Lunatic asylums in Bengal annual reports 1888-1898 - 1888-1898
Year: 1888
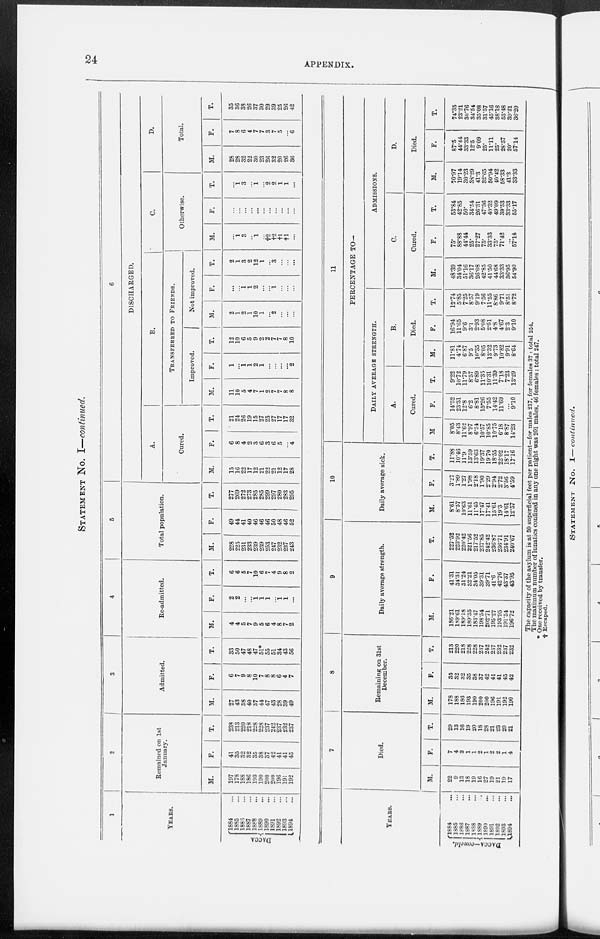
24
APPENDIX.
STATEMENT NO. I—continued.
1
YEARS.
DACCA.
1884 ...
1885 ...
1886 ...
1887 ...
1888 ...
1889 ...
1890 ...
1891 ...
1892 ...
1893...
1894 ...
2
Remained on 1st
January.
M.
197
178
188
186
193
190
200
200
196
191
192
F.
41
35
32
32
35
38
37
42
41
41
45
T.
238
213
220
218
228
228
237
242
237
232
237
3
Admitted.
M.
27
43
38
40
37
44
47
43
28
89
49
F.
6
7
9
8
10
7
8
8
6
4
7
T.
33
50
47
48
47
51*
55
51
34
43
56
4
Re-admitted.
M.
4
4
5
7
9
5
6
4
8
7
2
F.
2
2
...
...
1
1
1
...
1 1
...
T.
6
6
5
7
10
6
7
4
9
8
2
5
Total population.
M.
228
225
231
233
239
239
253
247
232
237
243
F.
49
44
41
40
46
46
46
50
48
46
52
T.
277
269
272
273
285
285
299
297
280
283
295
6
DISCHARGED.
A.
Cured.
M.
15
16
22
17
12
21
22
21
12
17
28
F.
6
8
4
2
3
6
3
6
5
...
4
T.
21
24
26
19
15
27
25
27
17
17
32
B.
TRANSFERRED TO FRIENDS.
Improved.
M.
11
10
5
4
7
1
2
7
7
8
8
F.
1
...
1
1
2
1
...
...
...
...
2
T.
12
10
6
5
9
2
2
7
7
8
10
Not improved.
M.
2
1
2
1
10
1
...
2
...
...
...
F.
...
...
1
1
2
...
...
1
...
...
...
T.
2
1
3
2
12
1
...
3
...
...
...
C.
Otherwise.
M.
...
1
3
...
1
...
†2
†2
†1
†1
...
F.
...
...
...
...
...
...
...
...
...
...
...
T.
...
1
3
...
1
...
2
2
1
1
...
D.
Total.
M.
28
28
32
22
30
23
26
32
20
26
36
F.
7
8
6
4
7
7
3
7
5
...
6
T.
35
36
38
26
37
30
29
39
25
26
42
YEARS.
DACCA—concld.
1884 ...
1885 ...
1886 ...
1887 ...
1888 ...
1889 ...
1890 ...
1891 ...
1892 ...
1893 ...
1894 ...
7
Died.
M.
22
9
13
18
19
16
27
19
21
19
17
F.
7
4
3
1
1
2
1
2
2
1
4
T.
29
13
16
19
20
18
28
21
23
20
21
8
Remaining on 31st
December.
M.
178
188
186
193
190
200
200
196
191
192
190
F.
35
32
32
35
38
37
42
41
41
45
42
T.
213
220
218
228
228
237
242
237
232
237
232
9
Daily average strength.
M.
186.21
189.61
189.18
189.35
183.47
198.54
202.71
195.27
193.95
191.54
196.72
F.
41.31
34.31
31.24
3221
34.05
39.31
39.71
41.6
42.76
43.37
4395
T.
227.52
223.92
220.42
221.56
217.52
237.85
242.42
236.87
236.71
234.91
240.67
10
Daily average sick.
M.
8.61
8.57
10.63
11.61
11.45
17.47
17.41
15.61
19.3
14.61
12.57
F.
3.27
1.89
1.27
1.98
2.18
1.90
2.29
2.94
2.72
3.56
4.59
T.
11.88
10.46
11.9
13.59
13.63
19.37
19.70
18.55
22.02
18.17
17.16
11
PERCENTAGE TO—
DAILY AVERAGE STRENGTH.
A.
Cured.
M.
8.05
8.43
11.62
8.97
6.54
10.57
10.85
10.75
6.18
8.87
14.23
F.
14.52
23.31
12.8
6.2
8.81
15.26
7.55
14.42
11.69
...
9.10
T.
9.22
10.72
11.79
8.57
6.89
11.35
10.31
11.39
7.18
7.23
13.29
B.
Died.
M.
11.81
4.74
6.87
9.5
10.35
8.05
13.32
9.73
10.82
9.91
8.64
F.
16.94
11.65
9.6
3.1
2.93
5.08
2.51
4.8
4.67
23
9.10
T.
12.74
5.85
7.25
8.57
9.19
7.56
11.55
8.86
9.71
8.51
8.72
ADMISSIONS.
C.
Cured.
M.
48.39
34.04
51.16
36.17
26.08
42.85
41.50
44.68
33.33
36.95
54.90
F.
75.
88.88
44.44
25.
27.27
75.
33.33
75.
71.42
...
57.14
T.
53.84
42.85
50.
34.54
26.31
47.36
49.32
49.09
39.53
33.33
55.17
D.
Died.
M.
70.97
19.14
30.23
38.29
41.3
32.65
50.94
40.42
58.33
41.3
33.33
F.
87.5
44.44
33.33
12.5
9.09
25.
11.11
25.
28.57
20.
57.14
T.
74.35
23.21
30.76
34.54
35.08
31.57
45.16
38.18
53.48
39.21
36.20
The capacity of the asylum is at 50 superficial feet per patient—for males 217, for females 37 : total 254.
The maximum number of lunatics confined in any one night was 201 males, 46 females: total 247.
* One received by transfer.
† Escaped.